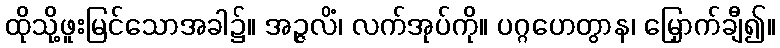
ထိုသို့ဖူးမြင်သောအခါ၌။ အဉ္ဇလိံ၊ လက်အုပ်ကို။ ပဂ္ဂဟေတွာန၊ မြှောက်ချီ၍။